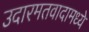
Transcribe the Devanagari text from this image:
उदारमतवादामध्ये